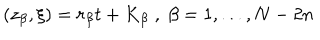
( z _ { \beta } , \xi ) = r _ { \beta } t + K _ { \beta } \; , \; \beta = 1 , . . . , N - 2 n